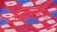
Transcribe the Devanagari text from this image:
अनुयायांद्वारा